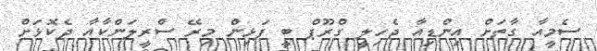
ސެމީއާ ގާތަށް އިންޑިއާ ޖެހިލީ ގްރޫޕް ބީ ފަޅިން މިރޭ ސްރީލަންކާއާ ދެކޮޅަށް